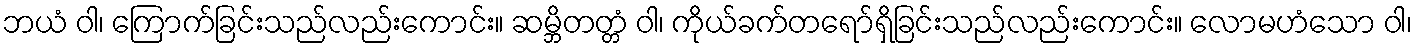
ဘယံ ဝါ၊ ကြောက်ခြင်းသည်လည်းကောင်း။ ဆမ္ဘိတတ္တံ ဝါ၊ ကိုယ်ခက်တရော်ရှိခြင်းသည်လည်းကောင်း။ လောမဟံသော ဝါ၊